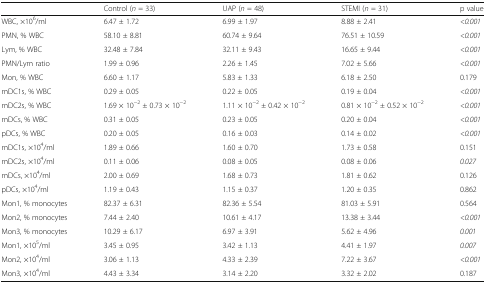
<table><thead><tr><td></td><td><b>Control (<i>n</i> = 33)</b></td><td><b>UAP (<i>n</i> = 48)</b></td><td><b>STEMI (<i>n</i> = 31)</b></td><td><b>p value</b></td></tr></thead><tbody><tr><td>WBC, ×10<sup>6</sup>/ml</td><td>6.47 ± 1.72</td><td>6.99 ± 1.97</td><td>8.88 ± 2.41</td><td><i>&lt;0.001</i></td></tr><tr><td>PMN, % WBC</td><td>58.10 ± 8.81</td><td>60.74 ± 9.64</td><td>76.51 ± 10.59</td><td><i>&lt;0.001</i></td></tr><tr><td>Lym, % WBC</td><td>32.48 ± 7.84</td><td>32.11 ± 9.43</td><td>16.65 ± 9.44</td><td><i>&lt;0.001</i></td></tr><tr><td>PMN/Lym ratio</td><td>1.99 ± 0.96</td><td>2.26 ± 1.45</td><td>7.02 ± 5.66</td><td><i>&lt;0.001</i></td></tr><tr><td>Mon, % WBC</td><td>6.60 ± 1.17</td><td>5.83 ± 1.33</td><td>6.18 ± 2.50</td><td>0.179</td></tr><tr><td>mDC1s, % WBC</td><td>0.29 ± 0.05</td><td>0.22 ± 0.05</td><td>0.19 ± 0.04</td><td><i>&lt;0.001</i></td></tr><tr><td>mDC2s, % WBC</td><td>1.69 × 10<sup>−2</sup> ± 0.73 × 10<sup>−2</sup></td><td>1.11 × 10<sup>−2</sup> ± 0.42 × 10<sup>−2</sup></td><td>0.81 × 10<sup>−2</sup> ± 0.52 × 10<sup>−2</sup></td><td><i>&lt;0.001</i></td></tr><tr><td>mDCs, % WBC</td><td>0.31 ± 0.05</td><td>0.23 ± 0.05</td><td>0.20 ± 0.04</td><td><i>&lt;0.001</i></td></tr><tr><td>pDCs, % WBC</td><td>0.20 ± 0.05</td><td>0.16 ± 0.03</td><td>0.14 ± 0.02</td><td><i>&lt;0.001</i></td></tr><tr><td>mDC1s, ×10<sup>4</sup>/ml</td><td>1.89 ± 0.66</td><td>1.60 ± 0.70</td><td>1.73 ± 0.58</td><td>0.151</td></tr><tr><td>mDC2s, ×10<sup>4</sup>/ml</td><td>0.11 ± 0.06</td><td>0.08 ± 0.05</td><td>0.08 ± 0.06</td><td><i>0.027</i></td></tr><tr><td>mDCs, ×10<sup>4</sup>/ml</td><td>2.00 ± 0.69</td><td>1.68 ± 0.73</td><td>1.81 ± 0.62</td><td>0.126</td></tr><tr><td>pDCs, ×10<sup>4</sup>/ml</td><td>1.19 ± 0.43</td><td>1.15 ± 0.37</td><td>1.20 ± 0.35</td><td>0.862</td></tr><tr><td>Mon1, % monocytes</td><td>82.37 ± 6.31</td><td>82.36 ± 5.54</td><td>81.03 ± 5.91</td><td>0.564</td></tr><tr><td>Mon2, % monocytes</td><td>7.44 ± 2.40</td><td>10.61 ± 4.17</td><td>13.38 ± 3.44</td><td><i>&lt;0.001</i></td></tr><tr><td>Mon3, % monocytes</td><td>10.29 ± 6.17</td><td>6.97 ± 3.91</td><td>5.62 ± 4.96</td><td><i>0.001</i></td></tr><tr><td>Mon1, ×10<sup>5</sup>/ml</td><td>3.45 ± 0.95</td><td>3.42 ± 1.13</td><td>4.41 ± 1.97</td><td><i>0.007</i></td></tr><tr><td>Mon2, ×10<sup>4</sup>/ml</td><td>3.06 ± 1.13</td><td>4.33 ± 2.39</td><td>7.22 ± 3.67</td><td><i>&lt;0.001</i></td></tr><tr><td>Mon3, ×10<sup>4</sup>/ml</td><td>4.43 ± 3.34</td><td>3.14 ± 2.20</td><td>3.32 ± 2.02</td><td>0.187</td></tr></tbody></table>